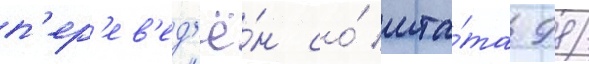
п'ер'ев'ед'ё́н со́ шта́та 98/